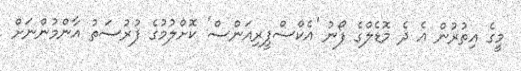
މީގެ އިތުރުން އެ ދެ މޮޑެލްގެ ފޯނު 'އެކްސްޕީރިއަންސް' ކޮށްލުމުގެ ފުރުސަތު އާންމުންނަށް